Rules regarding the measures to be adopted on the outbreak of cholera or appearance of small-pox
Disease focus: Cholera
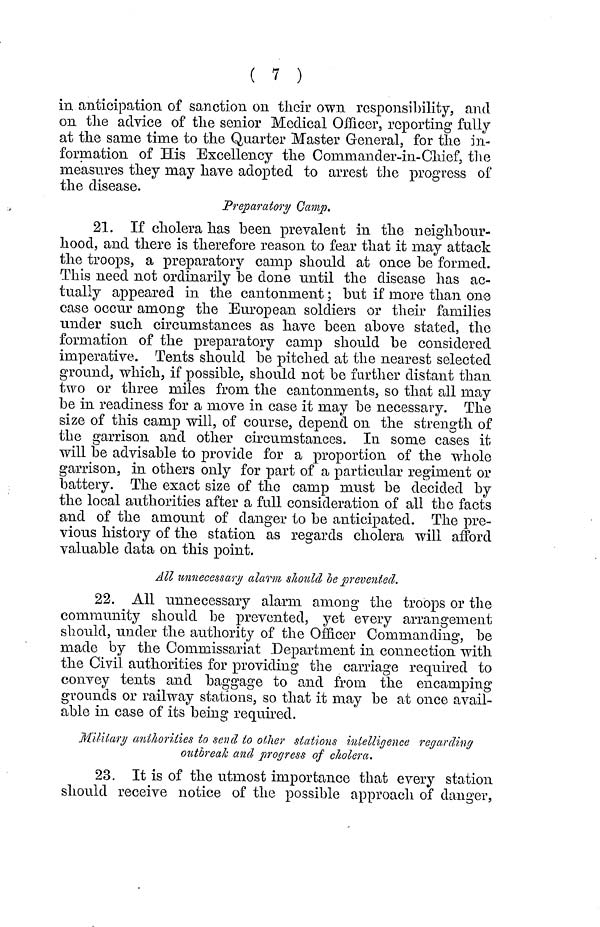
( 7 )
in anticipation of sanction on their own responsibility, and
on the advice of the senior Medical Officer, reporting fully
at the sanie time to the Quarter Master General, for the in-
formation of His Excellency the Comrnander-in-Chief, the
measures they may have adopted to arrest the progress of
the disease.
Preparatory Camp.
21. If cholera has been prevalent in the neighbour-
hood, and there is therefore reason to fear that it may attack
the troops, a preparatory camp should at once be formed.
This need not ordinarily be clone until the disease has ac-
tually appeared in the cantonment ; but if more than one
case occur among the European soldiers or their families
under such circumstances as have been above stated, the
formation of the preparatory camp should be considered
imperative. Tents should be pitched at the nearest selected
ground, which, if possible, should not be further distant than
two or three miles from the cantonments, so that all may
be in readiness for a move in case it may be necessary. The
size of this camp will, of course, depend on the strength of
the garrison and other circumstances. In some cases it
will be advisable to provide for a proportion of the whole
garrison, in others only for part of a particular regiment or
battery. The exact size of the camp must be decided by
the local authorities after a full consideration of all the facts
and of the amount of danger to be anticipated. The pre-
vious history of the station as regards cholera will afford
valuable data on this point.
All unnecessary alarm should be prevented.
22. All unnecessary alarm, among the troops or the
community should be prevented, yet every arrangement
should, under the authority of the Officer Commanding, be
made by the Commissariat Department in connection with
the Civil authorities for providing the carriage required to
convey tents and baggage to and from the encamping
grounds or railway stations, so that it may be at once avail-
able in case of its being required.
Military authorities to send to other stations intelligence regarding
outbreak and progress of cholera.
23. It is of the utmost importance that every station
should receive notice of the possible approach of danger,